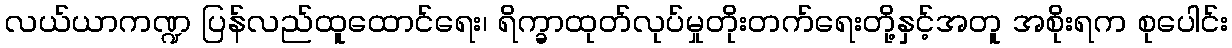
လယ်ယာကဏ္ဍ ပြန်လည်ထူထောင်ရေး၊ ရိက္ခာထုတ်လုပ်မှုတိုးတက်ရေးတို့နှင့်အတူ အစိုးရက စုပေါင်း